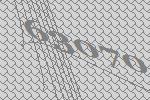
63070